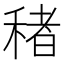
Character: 𮃔